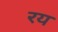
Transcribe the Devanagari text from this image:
रय